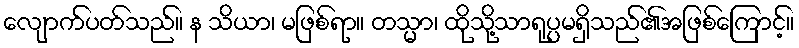
လျောက်ပတ်သည်။ န သိယာ၊ မဖြစ်ရာ။ တသ္မာ၊ ထိုသို့သာရုပ္ပမရှိသည်၏အဖြစ်ကြောင့်။